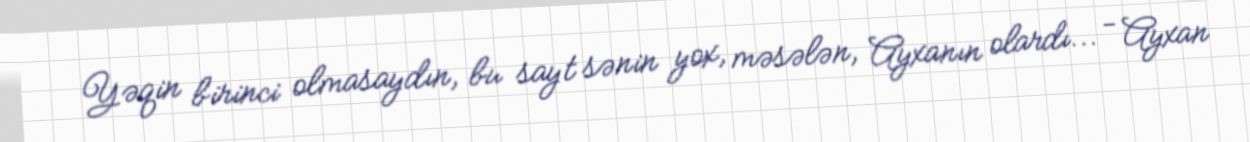
Yəqin birinci olmasaydın, bu sayt sənin yox, məsələn, Ayxanın olardı... - Ayxan